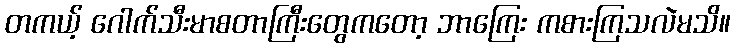
တကယ့် ဂေါက်သီးမာစတာကြီးတွေကတော့ ဘာကြေး ကစားကြသလဲမသိ။